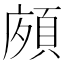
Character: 𩒩